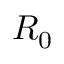
R _ { 0 }